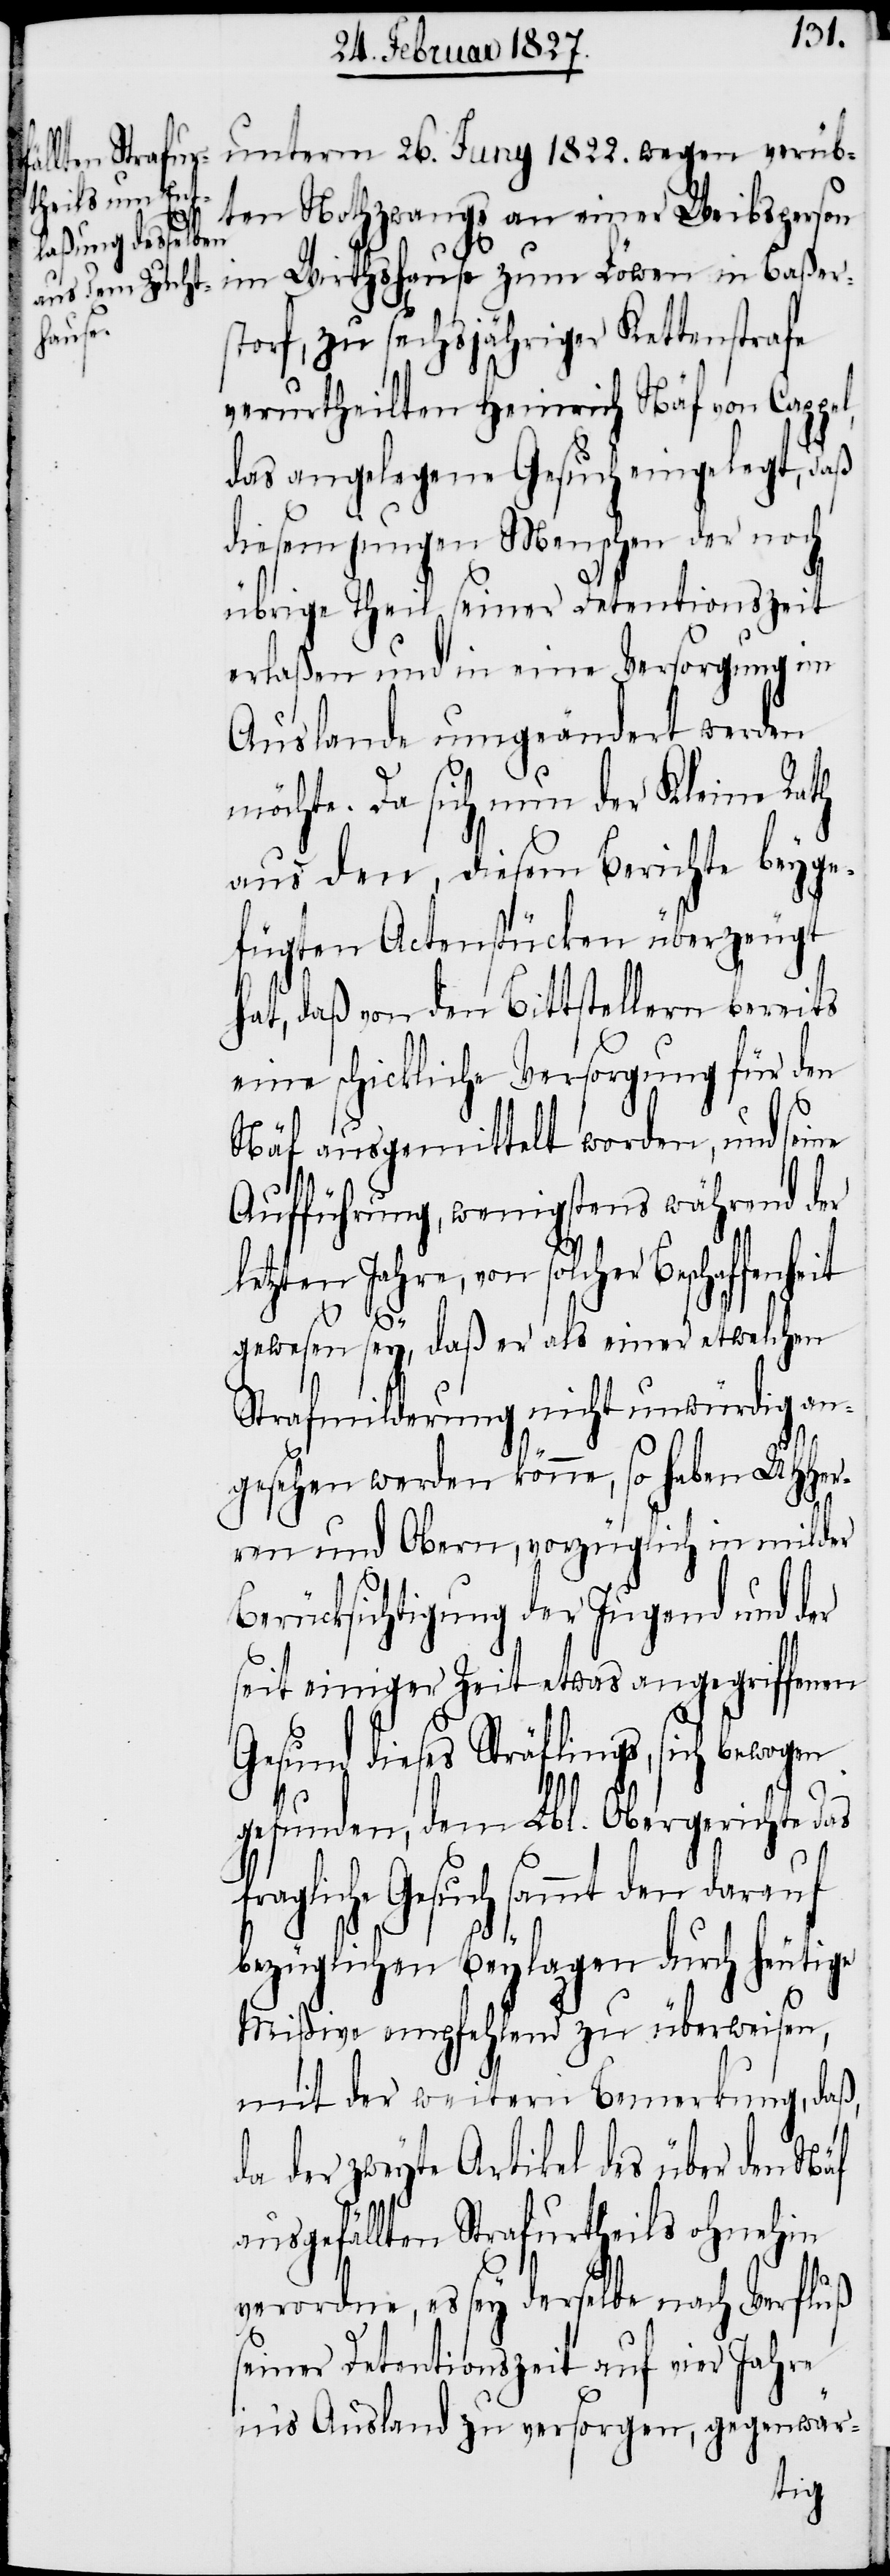
1822.
ten Nothzwangs an einer Weibsperson
storf, zu sechsjähriger Kettenstrafe
verurtheilten Heinrich Näf von Cappel,
das angelegene Gesuch eingelegt, daß
diesem jungen Menschen der noch
übrige Theil seiner Detentionszeit
erlaßen und in eine Versorgung im
Auslande umgeändert werden
möchte. Da sich nun der Kleine Rath
aus den, diesem Berichte beyge¬
fügten Actenstücken überzeugt
hat, daß von den Bittstellern bereits
eine schickliche Versorgung für den
Näf ausgemittelt worden, und seine
Aufführung, wenigstens während der
letzten Jahre, von solcher Beschaffenheit
in Baßer¬
gewesen sey, daß er als einer etwelchen
Strafmilderung nicht unwürdig an¬
gesehen werden könne, so haben UHHer¬
ren und Obern, vorzüglich in milder
Berücksichtigung der Jugend und der
seit einiger Zeit etwas angegriffenen
Gesund dieses Sträflings, sich bewogen
gefunden, dem Lbl. Obergerichte das
Gesuch sammt den darauf
bezüglichen Beylagen durch heutige
Mißive empfehlend zu überweisen,
mit der weitern Bemerkung, daß,
da der zweyte Artikel des über den Näf
ausgefällten Strafurtheils ohnehin
verordne, es sey derselbe nach Verfluß
seiner Detentionszeit auf vier Jahre
in’s Ausland zu versorgen, gegenwär-